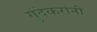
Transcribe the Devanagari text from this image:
गुंदेकरांनी